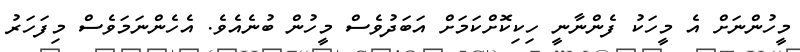
މީހުންނަށް އެ މީހަކު ފެންނާނީ ހިކިކޮށްކަމަށް އަބަދުވެސް މީހުން ބުނެއެވެ. އެހެންނަމަވެސް މިފަހަރު